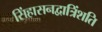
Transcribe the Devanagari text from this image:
सिंहासनद्वात्रिंशति